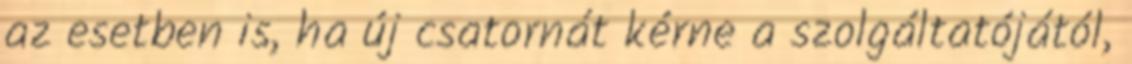
az esetben is, ha új csatornát kérne a szolgáltatójától,